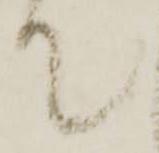
て